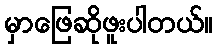
မှာဖြေဆိုဖူးပါတယ်။